Notes on vaccination in the North-West Frontier Province 1923-1928 - 1923-1928
Year: 1923
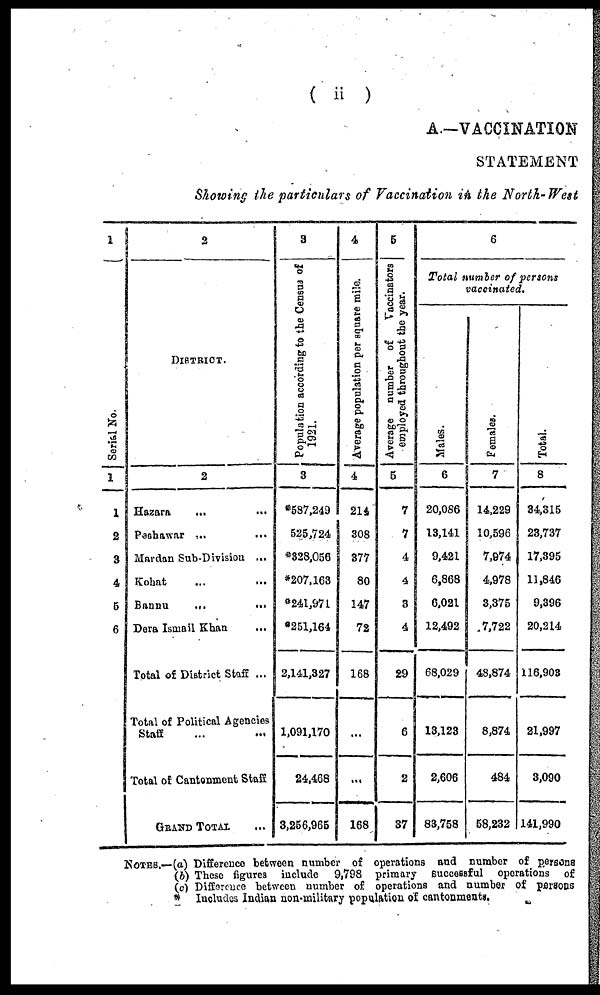
( ii )
A.—VACCINATION
STATEMENT
Showing the particulars of Vaccination in the North-West
1
Serial No.
1
1
2
3
4
5
6
2
DISTRICT.
2
Hazara
...
...
Peshawar ...
...
Mardan Sub-Division ...
Kohat ... ...
Bannu
...
...
Dera Ismail Khan ...
Total of District Staff ...
Total of Political Agencies
Staff ... ...
Total of Cantonment Staff
GRAND TOTAL ...
3
Population according to the Census of
1921.
3
*587,249
525,724
*328,056
*207,163
*241,971
*251,164
2,141,327
1,091,170
24,468
3,256,965
4
Average population per square mile.
4
214
308
377
80
147
72
168
...
...
168
5
Average number of
Vaccinators
employed throughout the year.
5
7
7
4
4
3
4
29
6
2
37
6
Total number of persons
vaccinated.
Males.
6
20,086
13,141
9,421
6,868
6,021
12,492
68,029
13,123
2,606
83,758
Females.
7
14,229
10,596
7,974
4,978
3,375
7,722
48,874
8,874
484
58,232
Total.
8
34,315
23,737
17,395
11,846
9,396
20,214
116,903
21,997
3,090
141,990
NOTES.—(a) Difference between number of operations and number of persons
(b) These figures include 9,798 primary successful operations of
(c) Difference between number of operations and number of persons
* Includes Indian non-military population of cantonments.